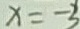
x = - 3